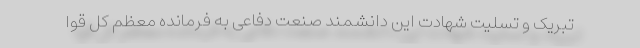
تبریک و تسلیت شهادت این دانشمند صنعت دفاعی به فرمانده معظم کل قوا